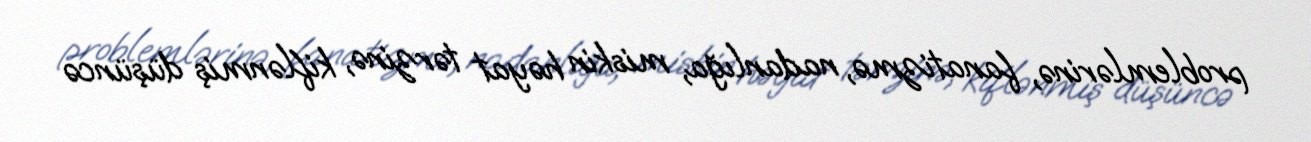
problemlərinə, fanatizmə, nadanlığa, miskin həyat tərzinə, kiflənmiş düşüncə